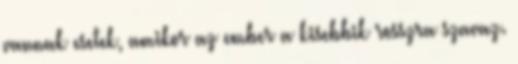
vannak esetek, amikor az ember a kisebbik rosszra szavaz.